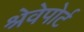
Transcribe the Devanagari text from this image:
श्रेवेपोर्ट